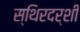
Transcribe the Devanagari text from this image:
स्थिरदर्शी